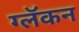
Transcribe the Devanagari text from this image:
ग्लॅकन